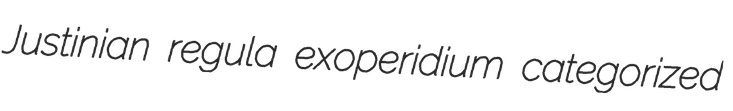
Justinian regula exoperidium categorized